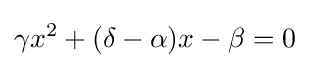
\gamma x^{2}+(\delta -\alpha )x-\beta =0